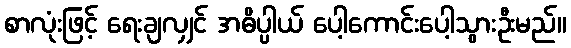
စာလုံးဖြင့် ရေးချလျှင် အဓိပ္ပါယ် ပေါ့ကောင်းပေါ့သွားဦးမည်။